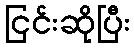
ငြင်းဆိုပြီး